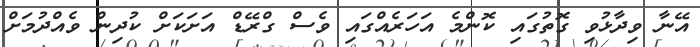
އޭނާ ވިދާޅުވި ގޮތުގައި ކޮންމެ އަހަރެއްގައި ވެސް ގްރޭޑް އަށަކަށް ކުދިން ވެއްދުމަށް